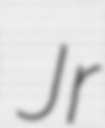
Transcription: Jr